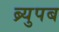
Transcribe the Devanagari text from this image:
ब्र्युपब